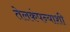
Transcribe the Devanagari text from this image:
तेलकंपन्याशी